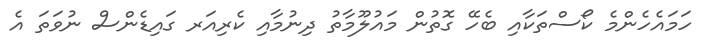
ހަމައެހެންމެ ކޯސްތަކާއި ބެހޭ ގޮތުން މައުލޫމާތު ދިނުމާއި ކެރިއަރ ގައިޑެންސް ނުވަތަ އެ